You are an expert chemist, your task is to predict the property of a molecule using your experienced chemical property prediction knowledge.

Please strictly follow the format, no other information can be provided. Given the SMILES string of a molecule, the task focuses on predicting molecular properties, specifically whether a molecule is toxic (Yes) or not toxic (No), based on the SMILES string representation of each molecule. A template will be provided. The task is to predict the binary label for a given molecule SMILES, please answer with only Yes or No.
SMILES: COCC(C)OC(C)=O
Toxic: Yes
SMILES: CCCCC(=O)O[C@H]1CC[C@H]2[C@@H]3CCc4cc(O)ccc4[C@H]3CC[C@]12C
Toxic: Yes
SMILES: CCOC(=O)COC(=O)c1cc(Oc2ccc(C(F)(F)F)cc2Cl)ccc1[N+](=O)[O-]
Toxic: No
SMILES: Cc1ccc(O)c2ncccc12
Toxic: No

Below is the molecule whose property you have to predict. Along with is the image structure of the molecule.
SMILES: c1ccc2c(c1)sc1ccccc12
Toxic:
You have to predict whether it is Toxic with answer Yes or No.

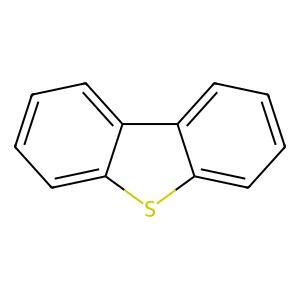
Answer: No